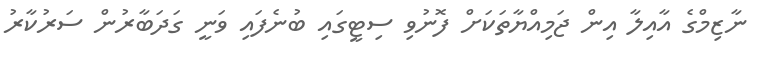
ނާޒިމްގެ އާއިލާ އިން ޖަމިއްޔާތަކަށް ފޮނުވި ސިޓީގައި ބުނެފައި ވަނީ ގަދަބާރުން ސަރުކާރު